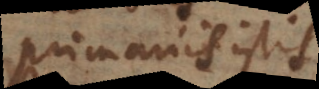
primariis istis